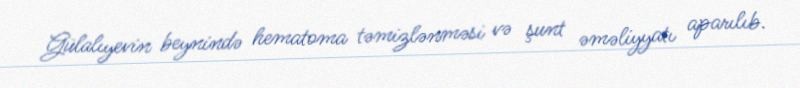
Gülalıyevin beynində hematoma təmizlənməsi və şunt əməliyyatı aparılıb.